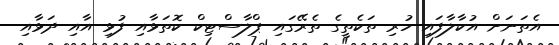
އެތަނަށް އުކާލާފައި ހުރި ތަކެތީގެ ތެރޭގައި ޕްލާސްޓިކް ކޮތަޅާއި ފުޅި އާއި ދަޅާއި